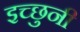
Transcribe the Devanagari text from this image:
इच्छुनी